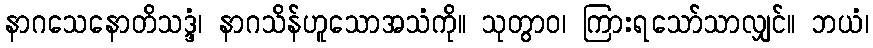
နာဂသေနောတိသဒ္ဒံ၊ နာဂသိန်ဟူသောအသံကို။ သုတွာဝ၊ ကြားရသော်သာလျှင်။ ဘယံ၊